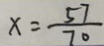
x = \frac { 5 7 } { 7 0 }